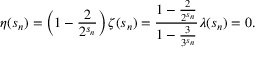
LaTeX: \eta ( s _ { n } ) = \left( 1 - { \frac { 2 } { 2 ^ { s _ { n } } } } \right) \zeta ( s _ { n } ) = { \frac { 1 - { \frac { 2 } { 2 ^ { s _ { n } } } } } { 1 - { \frac { 3 } { 3 ^ { s _ { n } } } } } } \lambda ( s _ { n } ) = 0 .